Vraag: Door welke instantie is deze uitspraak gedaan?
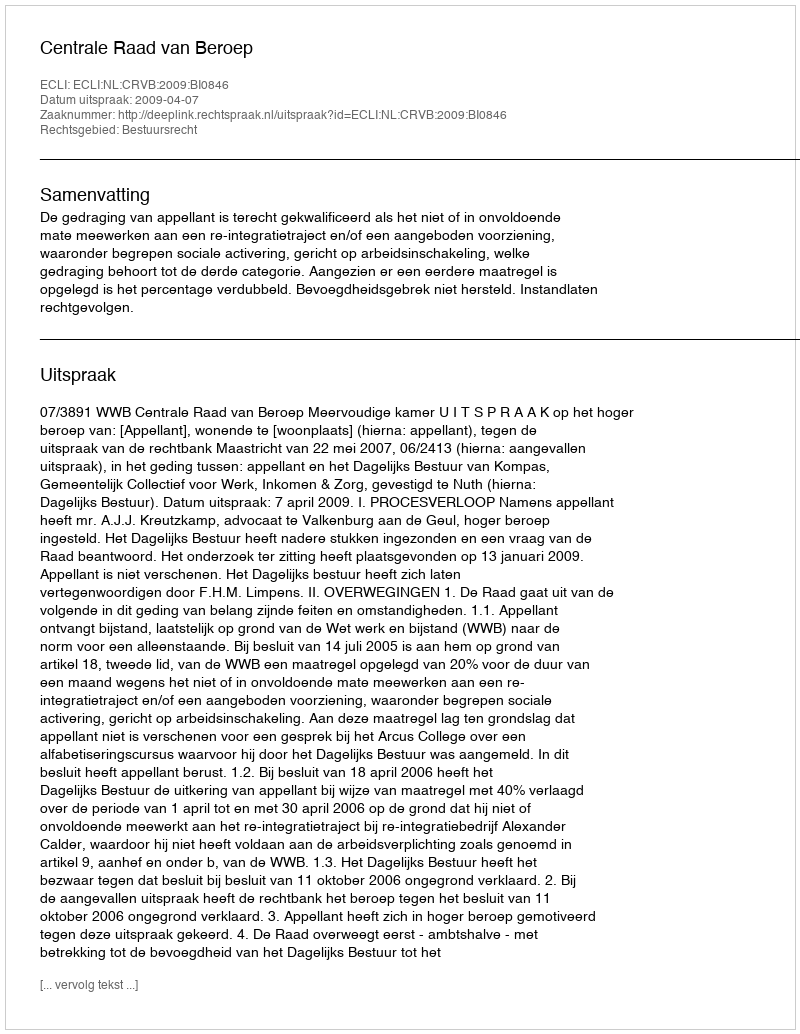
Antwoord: Centrale Raad van Beroep